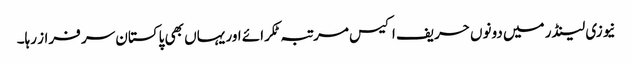
نیوزی لینڈر میں دونوں حریف اکیس مرتبہ ٹکرائے اور یہاں بھی پاکستان سر فراز رہا۔